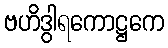
ဗဟိဒွါရကောဋ္ဌကေ